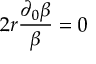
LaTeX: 2 r \frac { \partial _ { 0 } \beta } { \beta } = 0